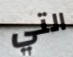
التي